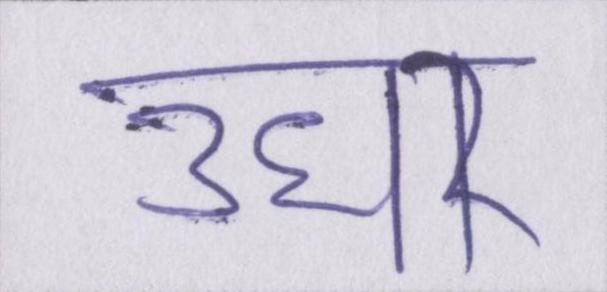
उधर